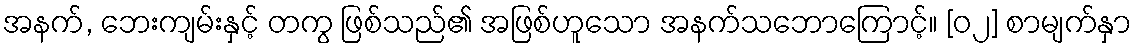
အနက်, ဘေးကျမ်းနှင့် တကွ ဖြစ်သည်၏ အဖြစ်ဟူသော အနက်သဘောကြောင့်။ [၀၂] စာမျက်နှာ